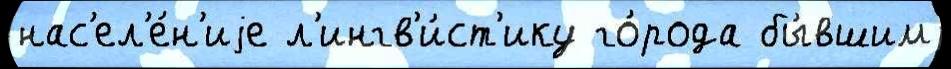
нас'ел'е́н'иjе л'ингв'и́ст'ику го́рода бы́вшим